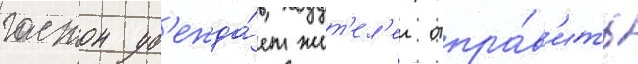
гастон уб'ежда́ет жит'ел'еи отпра́в'ить